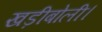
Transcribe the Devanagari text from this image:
खड़ीबोली।